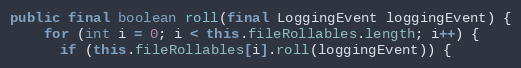
Language: Java
public final boolean roll(final LoggingEvent loggingEvent) {
    for (int i = 0; i < this.fileRollables.length; i++) {
      if (this.fileRollables[i].roll(loggingEvent)) {